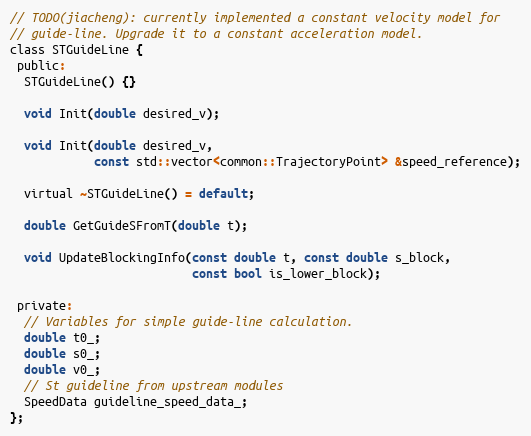
Language: C
// TODO(jiacheng): currently implemented a constant velocity model for
// guide-line. Upgrade it to a constant acceleration model.
class STGuideLine {
 public:
  STGuideLine() {}

  void Init(double desired_v);

  void Init(double desired_v,
            const std::vector<common::TrajectoryPoint> &speed_reference);

  virtual ~STGuideLine() = default;

  double GetGuideSFromT(double t);

  void UpdateBlockingInfo(const double t, const double s_block,
                          const bool is_lower_block);

 private:
  // Variables for simple guide-line calculation.
  double t0_;
  double s0_;
  double v0_;
  // St guideline from upstream modules
  SpeedData guideline_speed_data_;
};